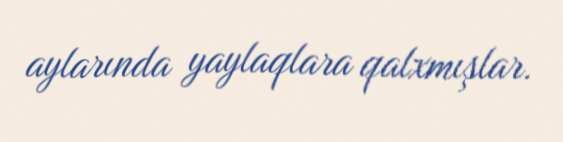
aylarında yaylaqlara qalxmışlar.